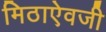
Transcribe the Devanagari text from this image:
मिठाऐवजी